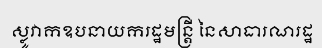
ស្លូវាកឧបនាយករដ្ឋមន្ត្រី នៃសាធារណរដ្ឋ